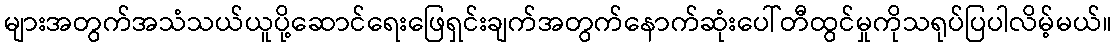
များအတွက်အသံသယ်ယူပို့ဆောင်ရေးဖြေရှင်းချက်အတွက်နောက်ဆုံးပေါ်တီထွင်မှုကိုသရုပ်ပြပါလိမ့်မယ်။